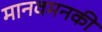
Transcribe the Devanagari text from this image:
मानवमनकी